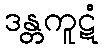
ဒန္တကူဋံ